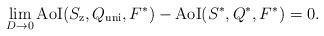
LaTeX: \begin{align*}\lim_{D\to 0} {\rm AoI}(S_{\mathrm{z}},Q_{\mathrm{uni}},F^{*})-{\rm AoI}(S^*,Q^*,F^*)=0.\end{align*}